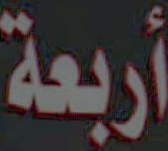
أربعة